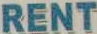
RENT